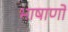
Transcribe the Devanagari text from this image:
भाषाणों